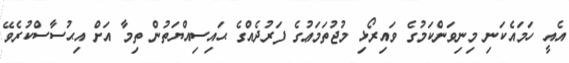
އެއީ ހަމައެކަނި މިނިވަންކަމުގެ ވައިރޯޅި މުޖުތަމަޢުގެ ފަރުދެއްގެ ޙައިސިއްޔަތުން ތިމާ އަށް އިޙުސާސްކުރެވޭ